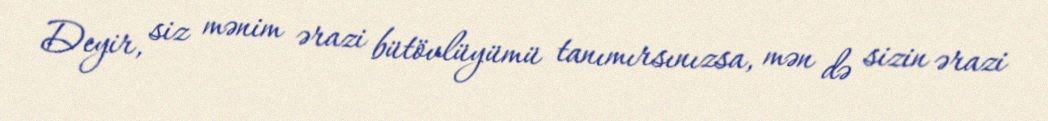
Deyir, siz mənim ərazi bütövlüyümü tanımırsınızsa, mən də sizin ərazi